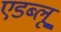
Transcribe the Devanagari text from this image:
एडब्लू